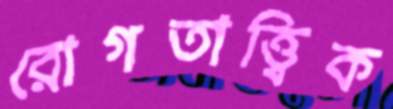
রোগতাত্ত্বিক